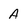
Character: a